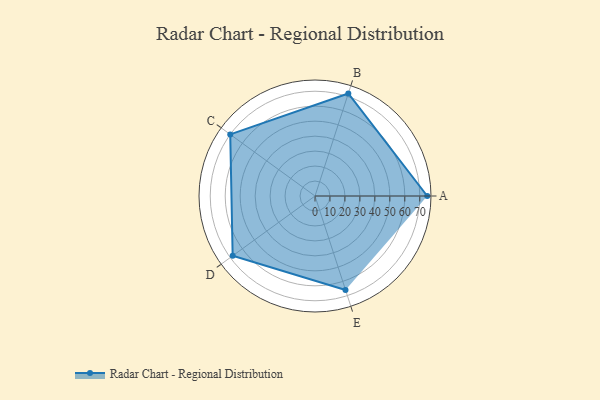
{"axis": {"x": "Skill", "y": "Score"}, "legend": ["Profile"], "data": [{"x": "A", "y": 75.0, "type": "Profile"}, {"x": "B", "y": 72.0, "type": "Profile"}, {"x": "C", "y": 70.0, "type": "Profile"}, {"x": "D", "y": 68.0, "type": "Profile"}, {"x": "E", "y": 66.0, "type": "Profile"}]}